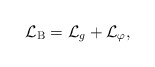
\begin{align*}{\cal L}_{{\rm B}}={\cal L}_{g}+{\cal L}_{\varphi },\end{align*}